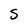
Character: S